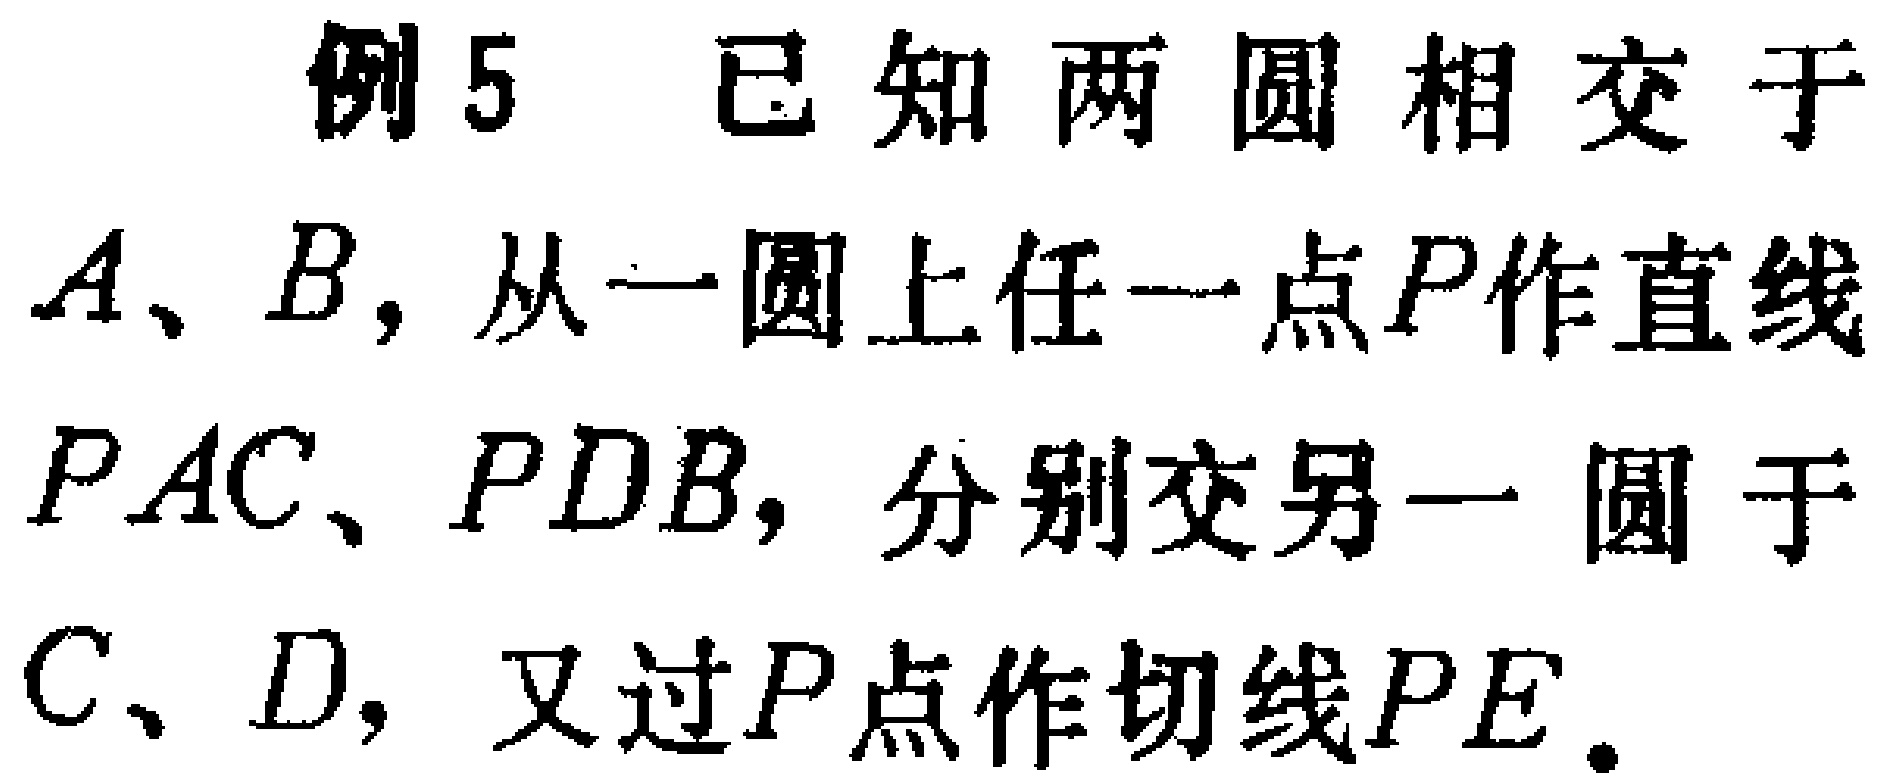
例5 已知两圆相交于$A、B$，从一圆上任一点$P$作直线$PAC、PDB$，分别交另一圆于$C、D$，又过$P$点作切线$PE$。